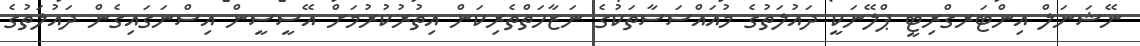
ނޭޝަނަލް އިންޓަރގްރިޓީ ޕްލޭނަކީ ދައުލަތުގެ މުއައްސަސާތަކުގެ ނަޒާހަތްތެރިކަން އިތުރުކުރުމަށް އޭސީސީން އިސްނަގައިގެން ދައުލަތުގެ